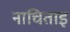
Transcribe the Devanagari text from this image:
नाचिताइ